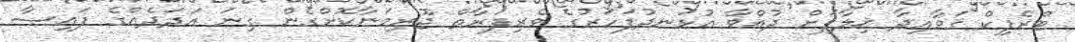
ޓްރެފިކް ޤަވާއިދާ ޚިލާފަށް ދުއްވާ އުޅަނދުފަހަރުގެ ވެރިފަރާތް ޖޫރިމަނާކޮށްގެން ގިނަ އަދަދެއްގެ ފައިސާ